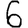
Digit: 6